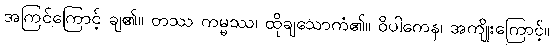
အကြင်ကြောင့် ချ၏။ တဿ ကမ္မဿ၊ ထိုချသောကံ၏။ ဝိပါကေန၊ အကျိုးကြောင့်။